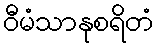
ဝီမံသာနုစရိတံ